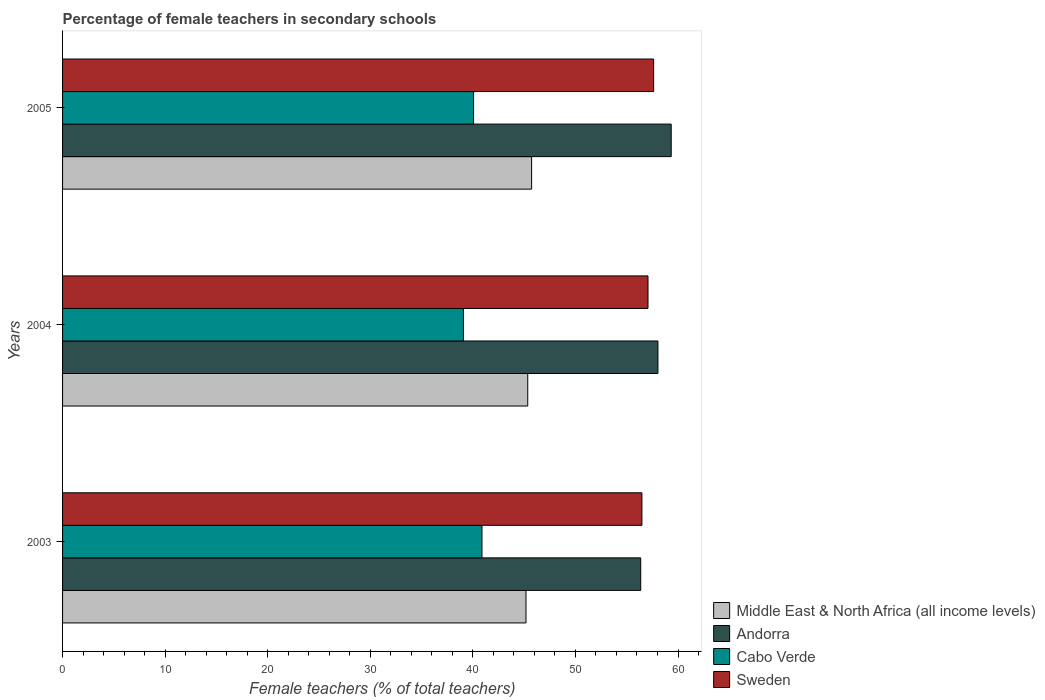
| Years | Middle East & North Africa (all income levels) | Andorra | Cabo Verde | Sweden |
 | --- | --- | --- | --- | --- |
 | 2003 | 45.2 | 56.4 | 40.9 | 56.5 |
 | 2004 | 45.4 | 58 | 39.1 | 57.1 |
 | 2005 | 45.7 | 59.3 | 40.1 | 57.6 |